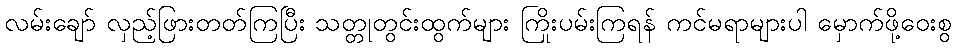
လမ်းချော် လှည့်ဖြားတတ်ကြပြီး သတ္တုတွင်းထွက်များ ကြိုးပမ်းကြရန် ကင်မရာများပါ မှောက်ဖို့ဝေးစွ